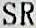
SR